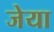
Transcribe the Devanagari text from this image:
जेया